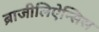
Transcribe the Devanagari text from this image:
ब्राजीलिऐन्सिस